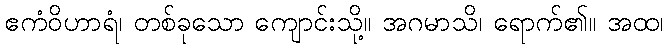
ဧကံဝိဟာရံ၊ တစ်ခုသော ကျောင်းသို့။ အဂမာသိ၊ ရောက်၏။ အထ၊